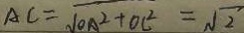
A C = \sqrt { O A ^ { 2 } + O C ^ { 2 } } = \sqrt { 2 }